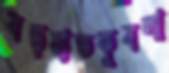
বড়হাতকুবলা